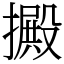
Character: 㩔